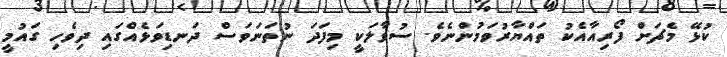
ކުޅޭ މެޗަށް ފޯރިއާއެކު ތައްޔާރުވަމުންނެވެ. ސުވާލަކީ މިފަދަ ނުތަނަވަސް ދަނޑިވަޅެއްގައި ދިވެހި ގައުމީ